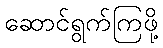
ဆောင်ရွက်ကြဖို့